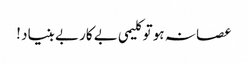
عصا نہ ہو تو کلیمی بے کار بے بنیاد !